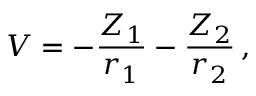
V = - \frac { Z _ { 1 } } { r _ { 1 } } - \frac { Z _ { 2 } } { r _ { 2 } } \, ,